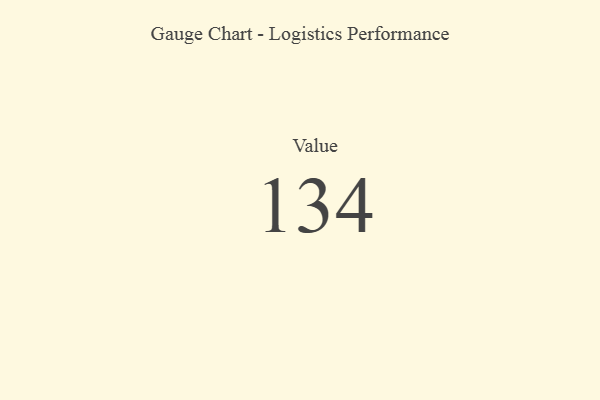
{"axis": {"x": "Metric", "y": "Value"}, "legend": [""], "data": [{"x": "Value", "y": 134, "type": ""}]}